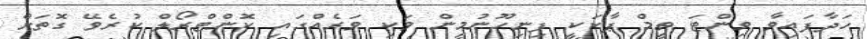
ހަދާފައިވާ ވިންޓަ ތީމް ޕާކަކީ ފިނިހޫނުމިން ވަކި ވަރެއްގައި ކޮންޓްރޯލް ކުރެވޭ ގޮތަށް